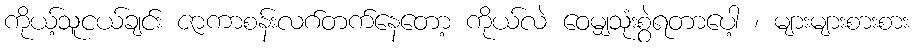
ကိုယ့်သူငယ်ချင်း ဇာကာစန်းလဂ်တက်နေတော့ ကိုယ်လဲ ဝေမျှသုံးစွဲရတာပေါ့ ၊ များများစားစား